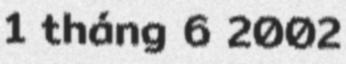
1 tháng 6 2002